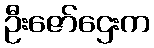
ဦးဇော်ဌေးက